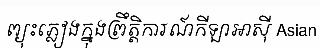
ព្យុះភ្លៀងក្នុងព្រឹត្តិការណ៍កីឡាអាស៊ី Asian